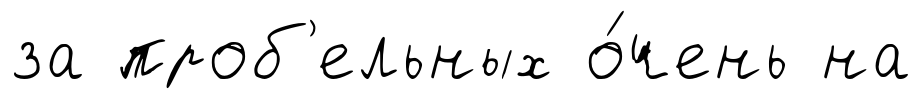
за проб'ельных о́чень на